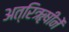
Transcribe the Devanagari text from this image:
अत्रिॠषीनें